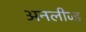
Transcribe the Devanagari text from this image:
अनलीज्ड